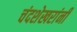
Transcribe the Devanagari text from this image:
चंदशेखरांनी